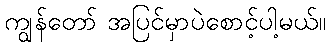
ကျွန်တော် အပြင်မှာပဲစောင့်ပါ့မယ်။